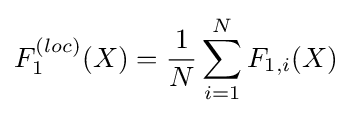
F_{1}^{(loc)}(X)={\frac {1}{N}}\sum _{i=1}^{N}F_{1,i}(X)